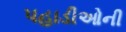
પહાડીઓની